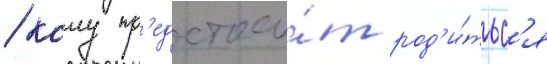
/ кому пр'едстои́т род'и́тьс'я